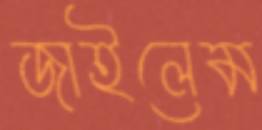
জাইলেম